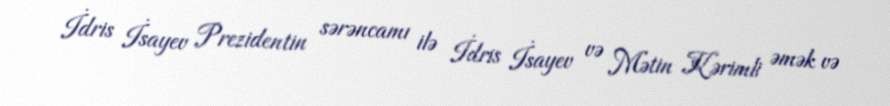
İdris İsayev Prezidentin sərəncamı ilə İdris İsayev və Mətin Kərimli əmək və